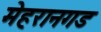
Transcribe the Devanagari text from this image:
मेहरानगड